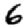
Digit: 6